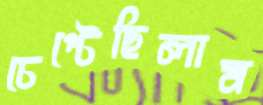
চেপ্‌টেছিলাম